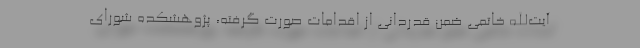
آیت‌الله خاتمی ضمن قدردانی از اقدامات صورت گرفته، پژوهشکده شورای